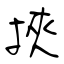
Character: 挾